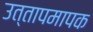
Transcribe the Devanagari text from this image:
उत्तापमापक